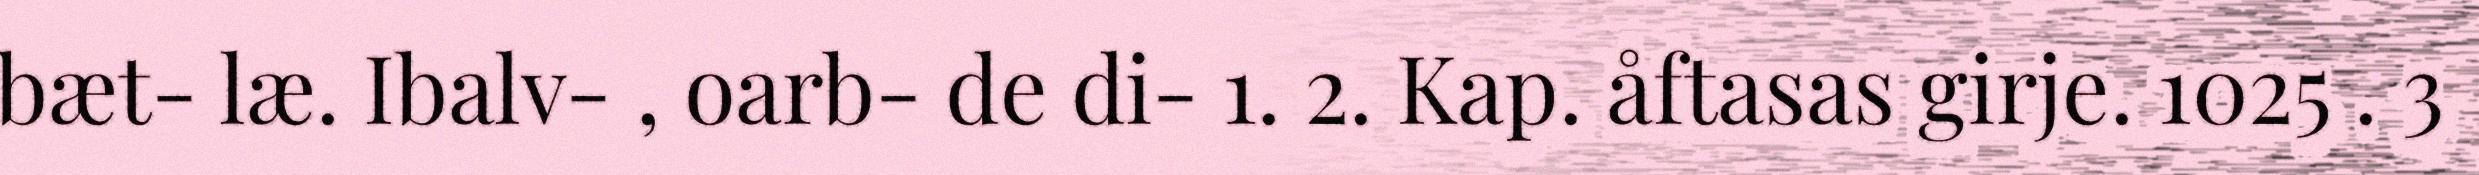
bæt- læ. Ibalv- , oarb- de di- 1. 2. Kap. åftasas girje. 1025 . 3